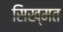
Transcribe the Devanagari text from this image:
सिख्मत